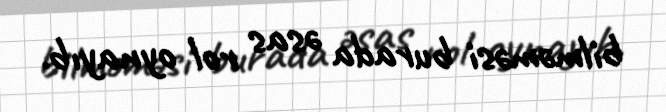
bilməməsi burada əsas rol oynayıb.